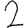
Digit: 2